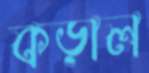
কড়াল